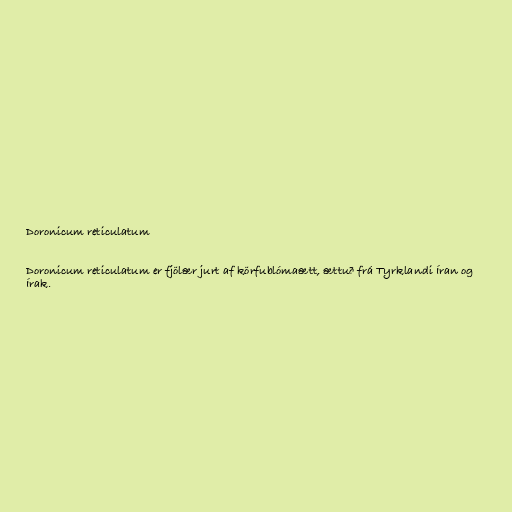
Doronicum reticulatum

Doronicum reticulatum er fjölær jurt af körfublómaætt, ættuð frá Tyrklandi Íran og
Írak.